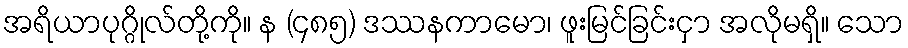
အရိယာပုဂ္ဂိုလ်တို့ကို။ န (၄၈၅) ဒဿနကာမော၊ ဖူးမြင်ခြင်းငှာ အလိုမရှိ။ သော